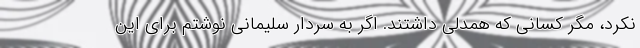
نکرد، مگر کسانی که همدلی داشتند. اگر به سردار سلیمانی نوشتم برای این